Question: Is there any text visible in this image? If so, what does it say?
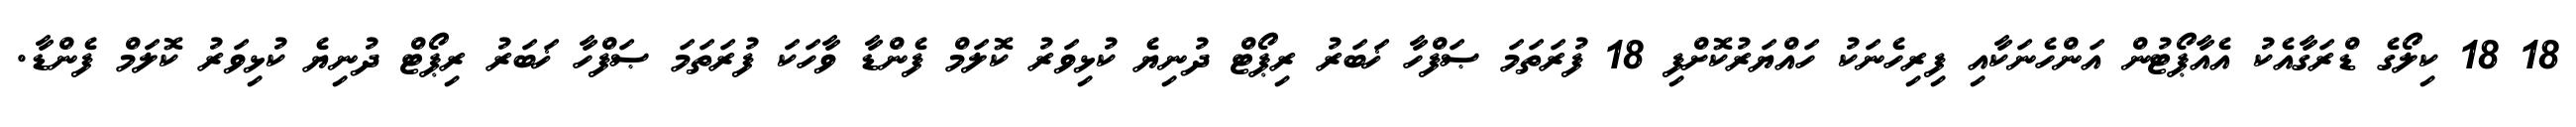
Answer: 18 18 ކިލޯގެ ޑްރަގާއެކު އެއާޕޯޓުން އަންހެނަކާއި ފިރިހެނަކު ހައްޔަރުކޮށްފި 18 ފުރަތަމަ ޞަފްހާ ޚަބަރު ރިޕޯޓް ދުނިޔެ ކުޅިވަރު ކޮލަމް ފެންޑާ ވާހަކަ ފުރަތަމަ ޞަފްހާ ޚަބަރު ރިޕޯޓް ދުނިޔެ ކުޅިވަރު ކޮލަމް ފެންޑާ.